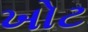
ખોટ